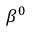
\beta ^ { 0 }